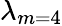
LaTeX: \lambda_{m=4}